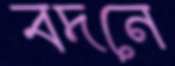
বদনে